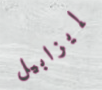
إيزابيل